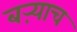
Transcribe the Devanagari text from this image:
बऱ्‍याच